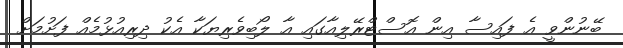
ބޭނުންވީ އެ ފައިސާ އިން އޮސްޓްރޭލިއާގައި އާ ލޯބިވެރިޔަކާ އެކު ދިރިއުޅުމެއް ފަށުމަށް